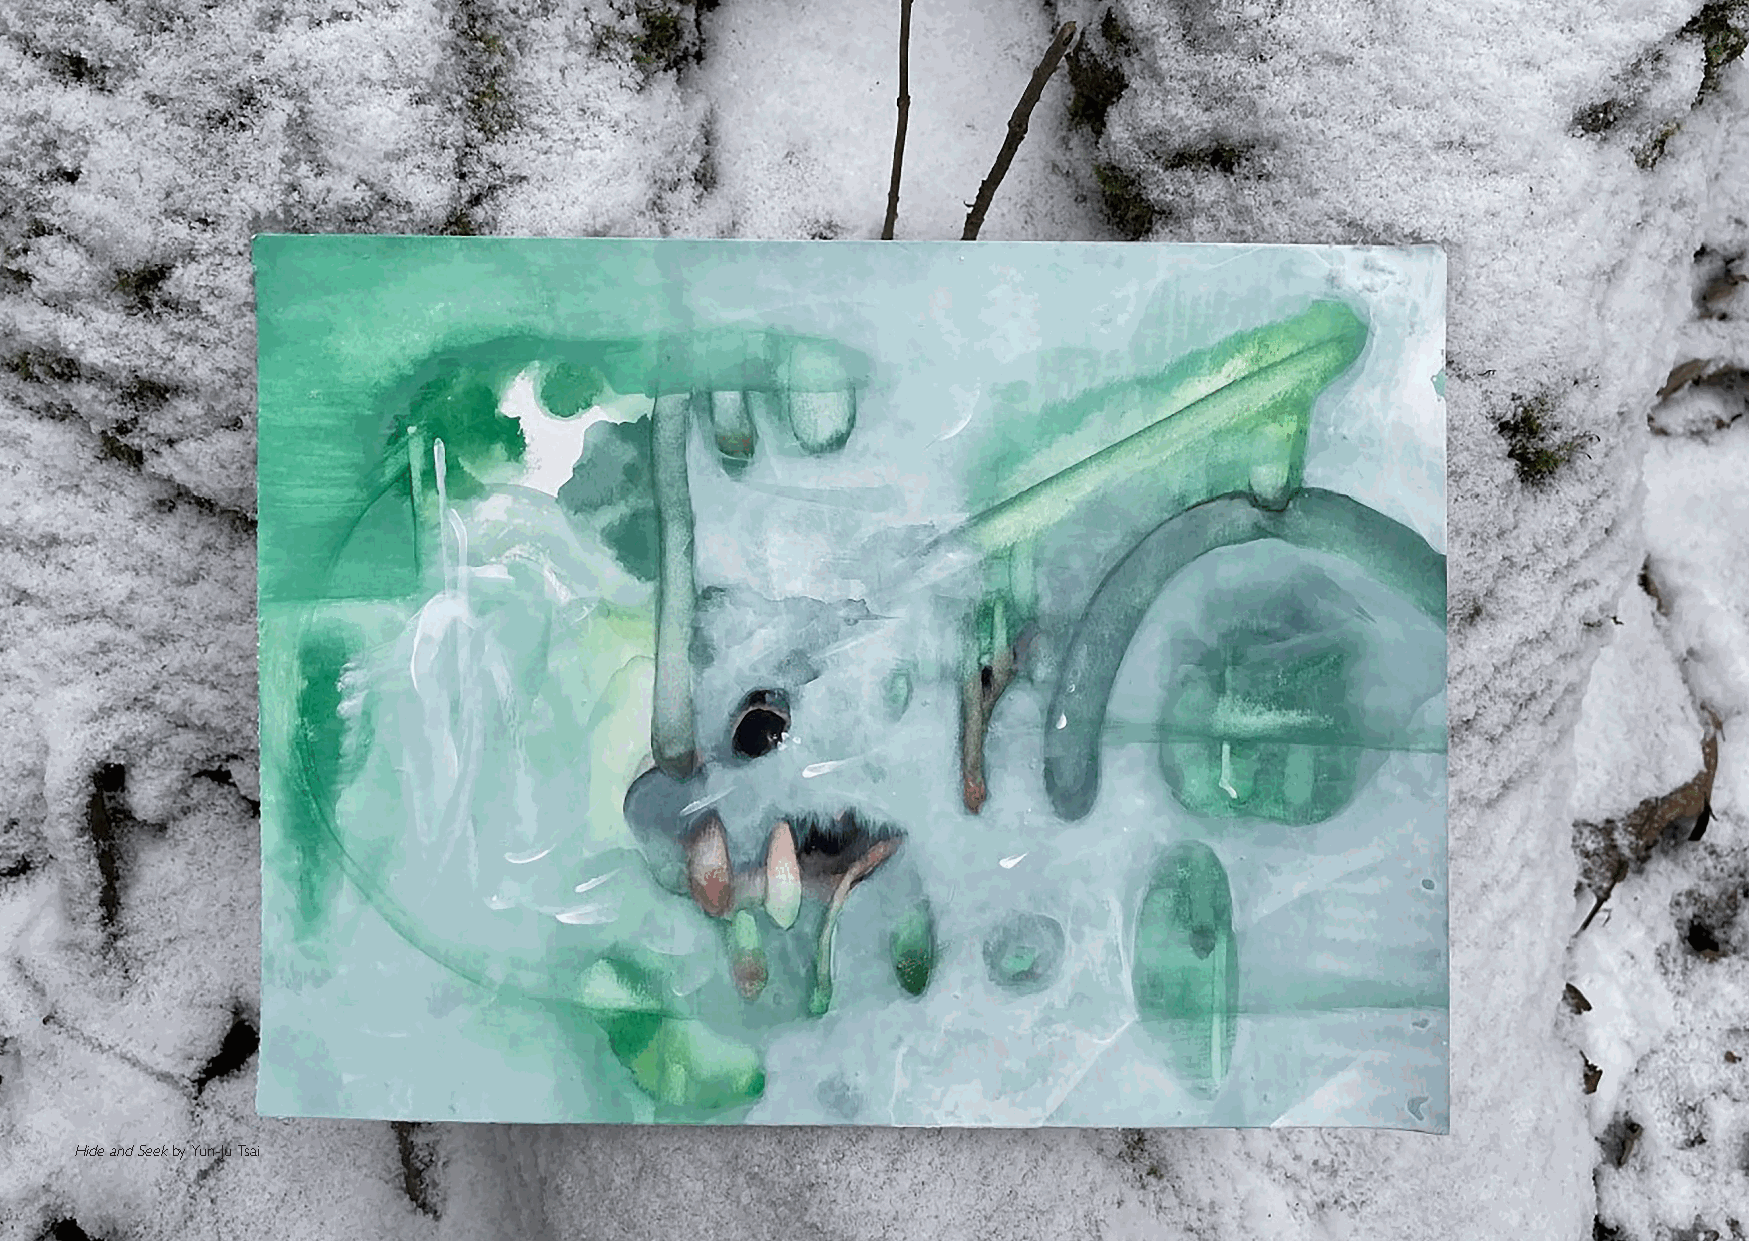
Hide and Seek by Yun-Ju Tsai
 66                                                                                                         76